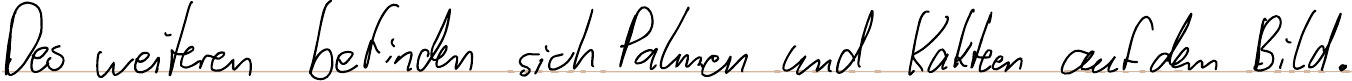
Des weiteren befinden sich Palmen und Kakteen auf dem Bild.